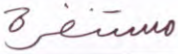
مستنفرة